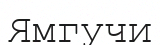
Ямгучи